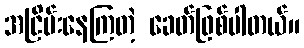
အငြိမ်းနေကြတဲ့ ခေတ်ဖြစ်ပါတယ်။